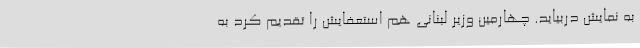
به نمایش دربیاید. چهارمین وزیر لبنانی هم استعفایش را تقدیم کرد به